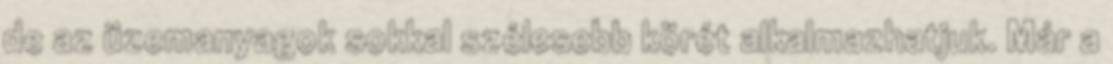
de az üzemanyagok sokkal szélesebb körét alkalmazhatjuk. Már a